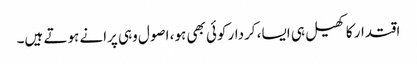
اقتدار کا کھیل ہی ایسا، کردار کوئی بھی ہو، اصول وہی پرانے ہوتے ہیں۔